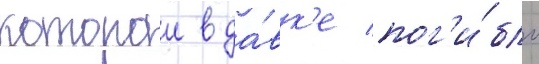
которои в да́вк'е пог'и́бло